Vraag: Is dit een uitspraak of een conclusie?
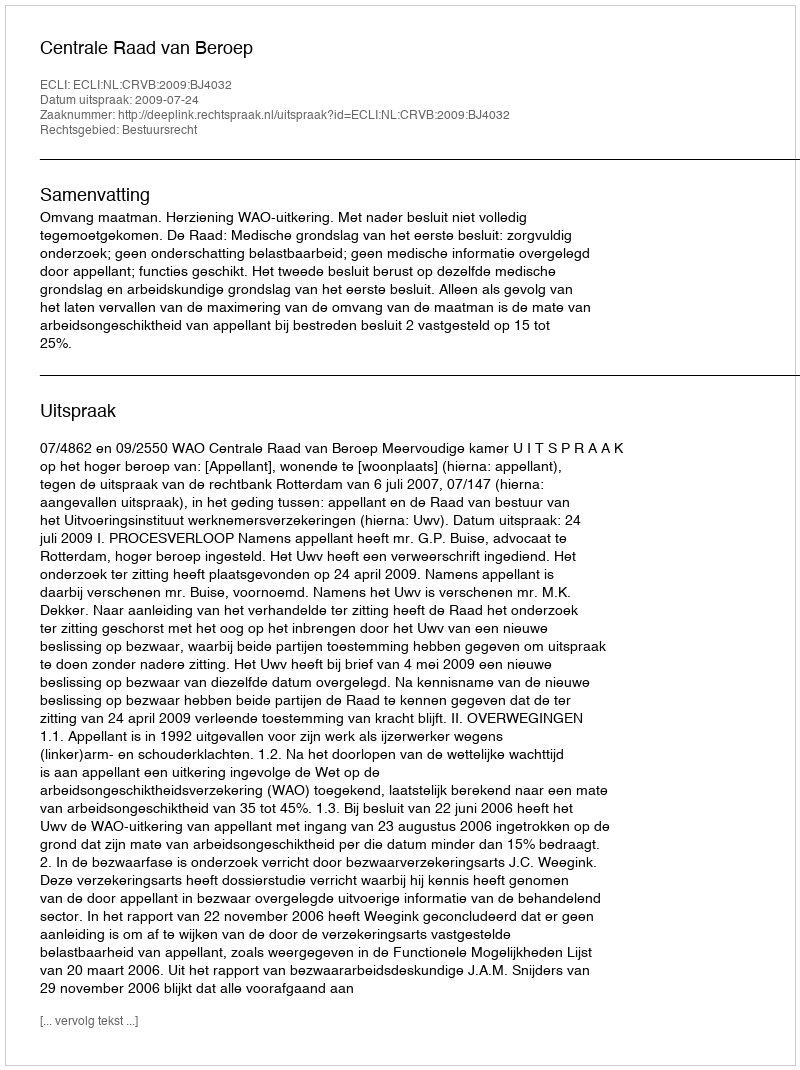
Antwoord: Uitspraak